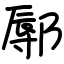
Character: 鄏